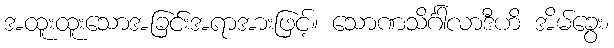
အထူးထူးသောအခြင်းအရာအားဖြင့်။ သောဏသိင်္ဂါလာဒီဟိ အိမ်ခွေး၊